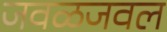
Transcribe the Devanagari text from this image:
जवळजवल